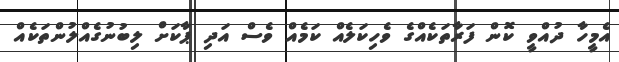
އެމީހާ ދުއްވީ ކޮން ފަރާތަކެއްގެ ވެހިކަލެއް ކަމެއް ވެސް އަދި ޕާކަށް ލިބުނުގެއްލުންތަކެއް